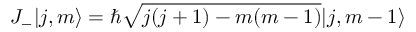
J _ { - } | j , m \rangle = \hbar { \sqrt { j ( j + 1 ) - m ( m - 1 ) } } | j , m - 1 \rangle